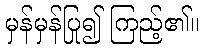
မှန်မှန်ပြု၍ ကြည့်၏။